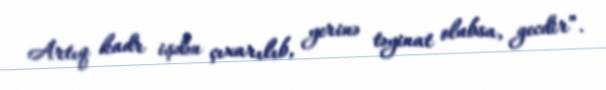
Artıq kadr işdən çıxarılıb, yerinə təyinat olubsa, gecdir”.